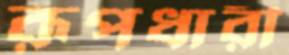
রূপধারী